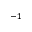
^ { - 1 }